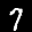
Label: 7